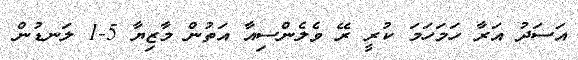
އަސަދު އަރާ ހަމަހަމަ ކުރީ ރޭ ވެލެންސިއާ އަތުން މާޒިޔާ 5-1 ލަނޑުން